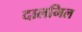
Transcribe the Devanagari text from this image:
दालमिल